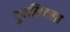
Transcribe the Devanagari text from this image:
टुलकिटला